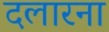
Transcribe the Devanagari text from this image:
दलारना